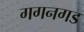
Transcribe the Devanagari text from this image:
गगनगड